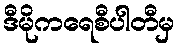
ဒီမိုကရေစီပါတီမှ